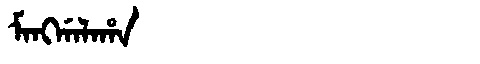
Manchu: ᠮᠠᠩᡤᠠᠯᠠᡥᠠ
Romanization: MANGGALAHA